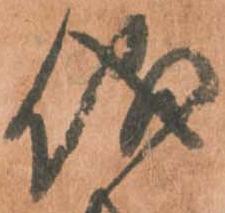
儀